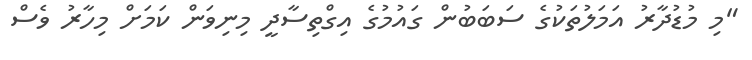
"މި މުޑުދާރު އަމަލުތަކުގެ ސަބަބުން ގައުމުގެ އިގްތިސާދީ މިނިވަން ކަމަށް މިހާރު ވެސް